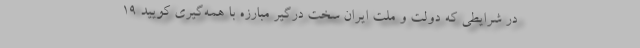
در شرایطی که دولت و ملت ایران سخت درگیر مبارزه با همه‌گیری کویید ۱۹